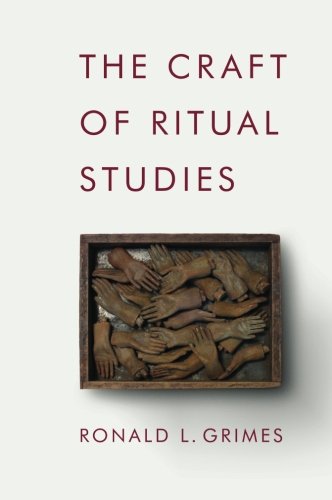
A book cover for The Craft of Ritual Studies (Oxford Ritual Studies); Ronald L. Grimes; Religion & Spirituality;